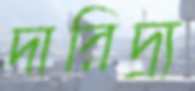
দারিদ্র্য